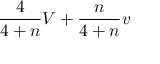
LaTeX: { \frac { 4 } { 4 + n } } V + { \frac { n } { 4 + n } } v